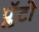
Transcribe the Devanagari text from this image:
प्लॅटो